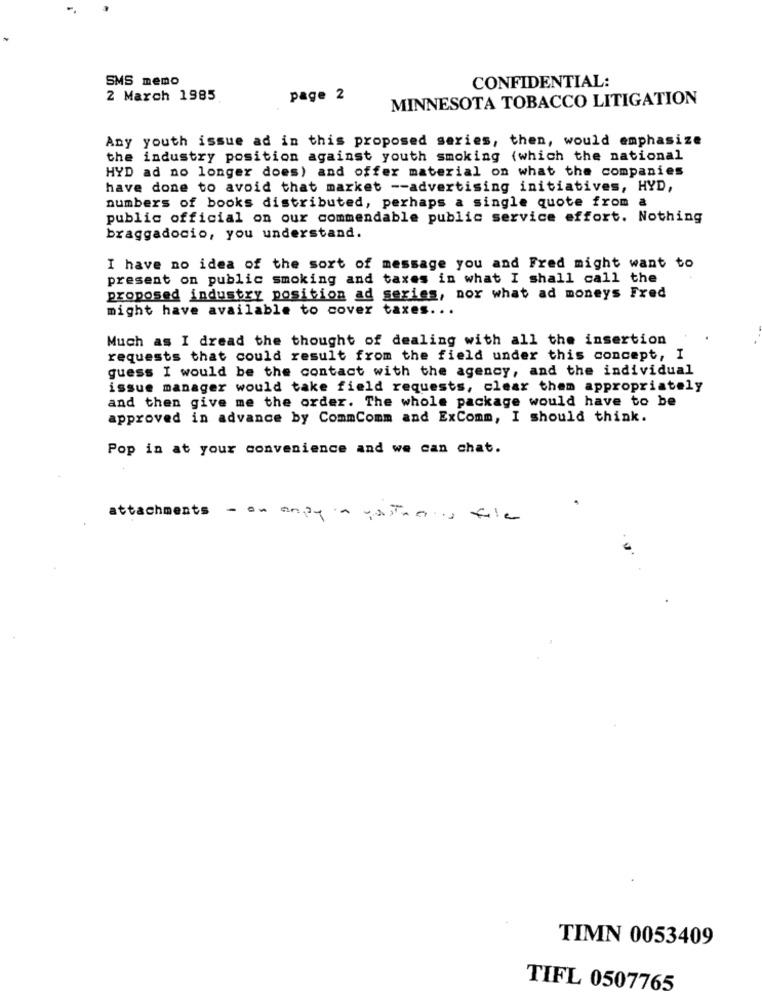
SMS memo
CONFIDENTIAL:
2 March 1985
page 2
MINNESOTA TOBACCO LITIGATION
Any youth issue ad in this proposed series, then, would emphasize
the industry position against youth smoking (which the national
HYD ad no longer does) and offer material on what the companies
have done to avoid that market -- advertising initiatives, HYD,
numbers of books distributed, perhaps a single quote from a
public official on our commendable public service effort. Nothing
braggadocio, you understand.
I have no idea of the sort of message you and Fred might want to
present on public smoking and taxes in what I shall call the
proposed industry position ad series, nor what ad moneys Fred
might have available to cover taxes ..
Much as I dread the thought of dealing with all the insertion
requests that could result from the field under this concept, I
guess I would be the contact with the agency, and the individual
issue manager would take field requests, clear them appropriately
and then give me the order. The whole package would have to be
approved in advance by CommComm and ExComm, I should think.
Pop in at your convenience and we can chat.
attachments
- on andy a vostra a file
TIMN 0053409
TIFL 0507765